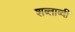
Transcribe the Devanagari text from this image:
शब्ताब्दी